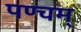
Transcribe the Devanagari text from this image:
पण्चम्